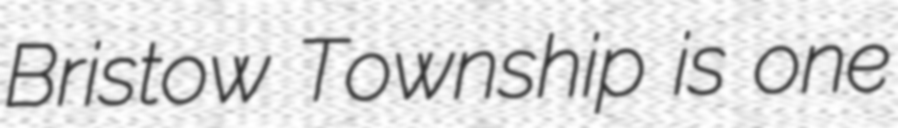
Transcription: Bristow Township is one